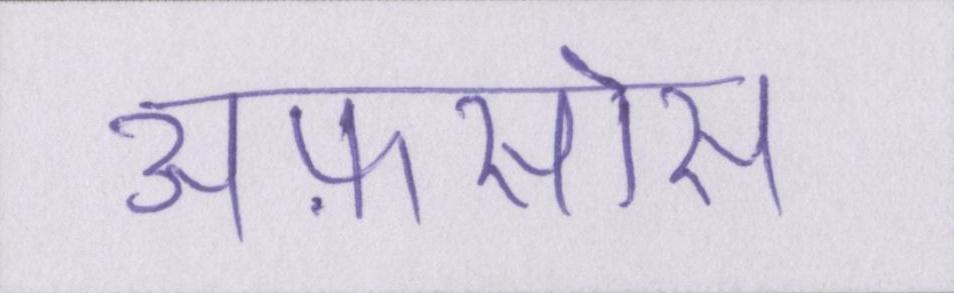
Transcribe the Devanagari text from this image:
अफ़सोस